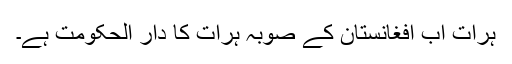
ہرات اب افغانستان کے صوبہ ہرات کا دار الحکومت ہے۔